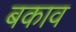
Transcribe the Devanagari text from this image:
बकाव